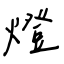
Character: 燈